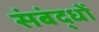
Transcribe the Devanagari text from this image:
संबंद्धों